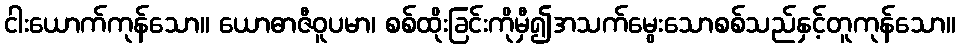
ငါးယောက်ကုန်သော။ ယောဓာဇီဝူပမာ၊ စစ်ထိုးခြင်းကိုမှီ၍အသက်မွေးသောစစ်သည်နှင့်တူကုန်သော။